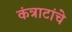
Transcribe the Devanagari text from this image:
कंत्राटांचे